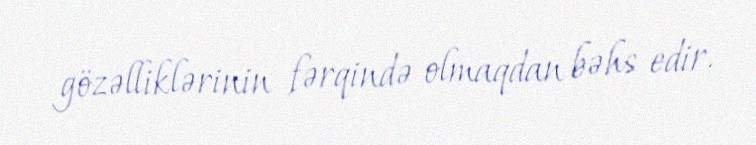
gözəlliklərinin fərqində olmaqdan bəhs edir.